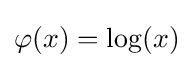
\varphi (x)=\log(x)